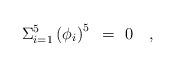
LaTeX: \begin{align*}\Sigma_{i=1}^{5}\left( \phi_i \right)^5~=~0\quad,\end{align*}